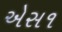
એસ૧